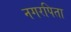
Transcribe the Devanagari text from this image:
नगरपिता